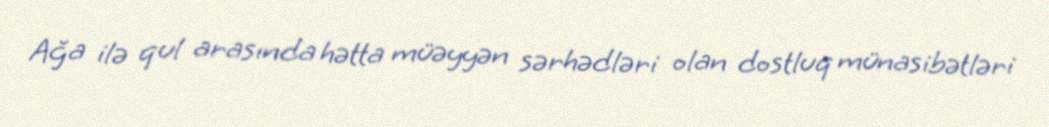
Ağa ilə qul arasında hətta müəyyən sərhədləri olan dostluq münasibətləri